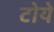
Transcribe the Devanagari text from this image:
टोये